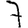
Digit: 7